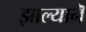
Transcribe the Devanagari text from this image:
झाल्यानॆ